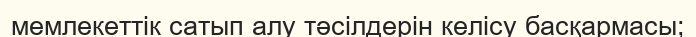
мемлекеттік сатып алу тәсілдерін келісу басқармасы;